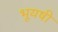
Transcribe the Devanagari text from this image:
भूयषी